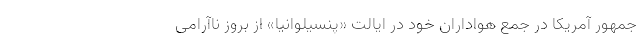
جمهور آمریکا در جمع هواداران خود در ایالت «پنسیلوانیا» از بروز ناآرامی